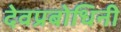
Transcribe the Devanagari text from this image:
देवप्रबोधिनी